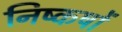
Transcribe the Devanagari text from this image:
निष्कषों